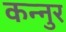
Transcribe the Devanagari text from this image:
कन्नुर